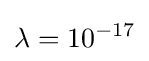
\lambda =10^{-17}